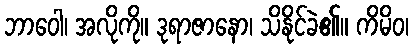
ဘာဝေါ၊ အလိုကို။ ဒုရာဇာနော၊ သိနိုင်ခဲ၏။ ကိမိဝ၊